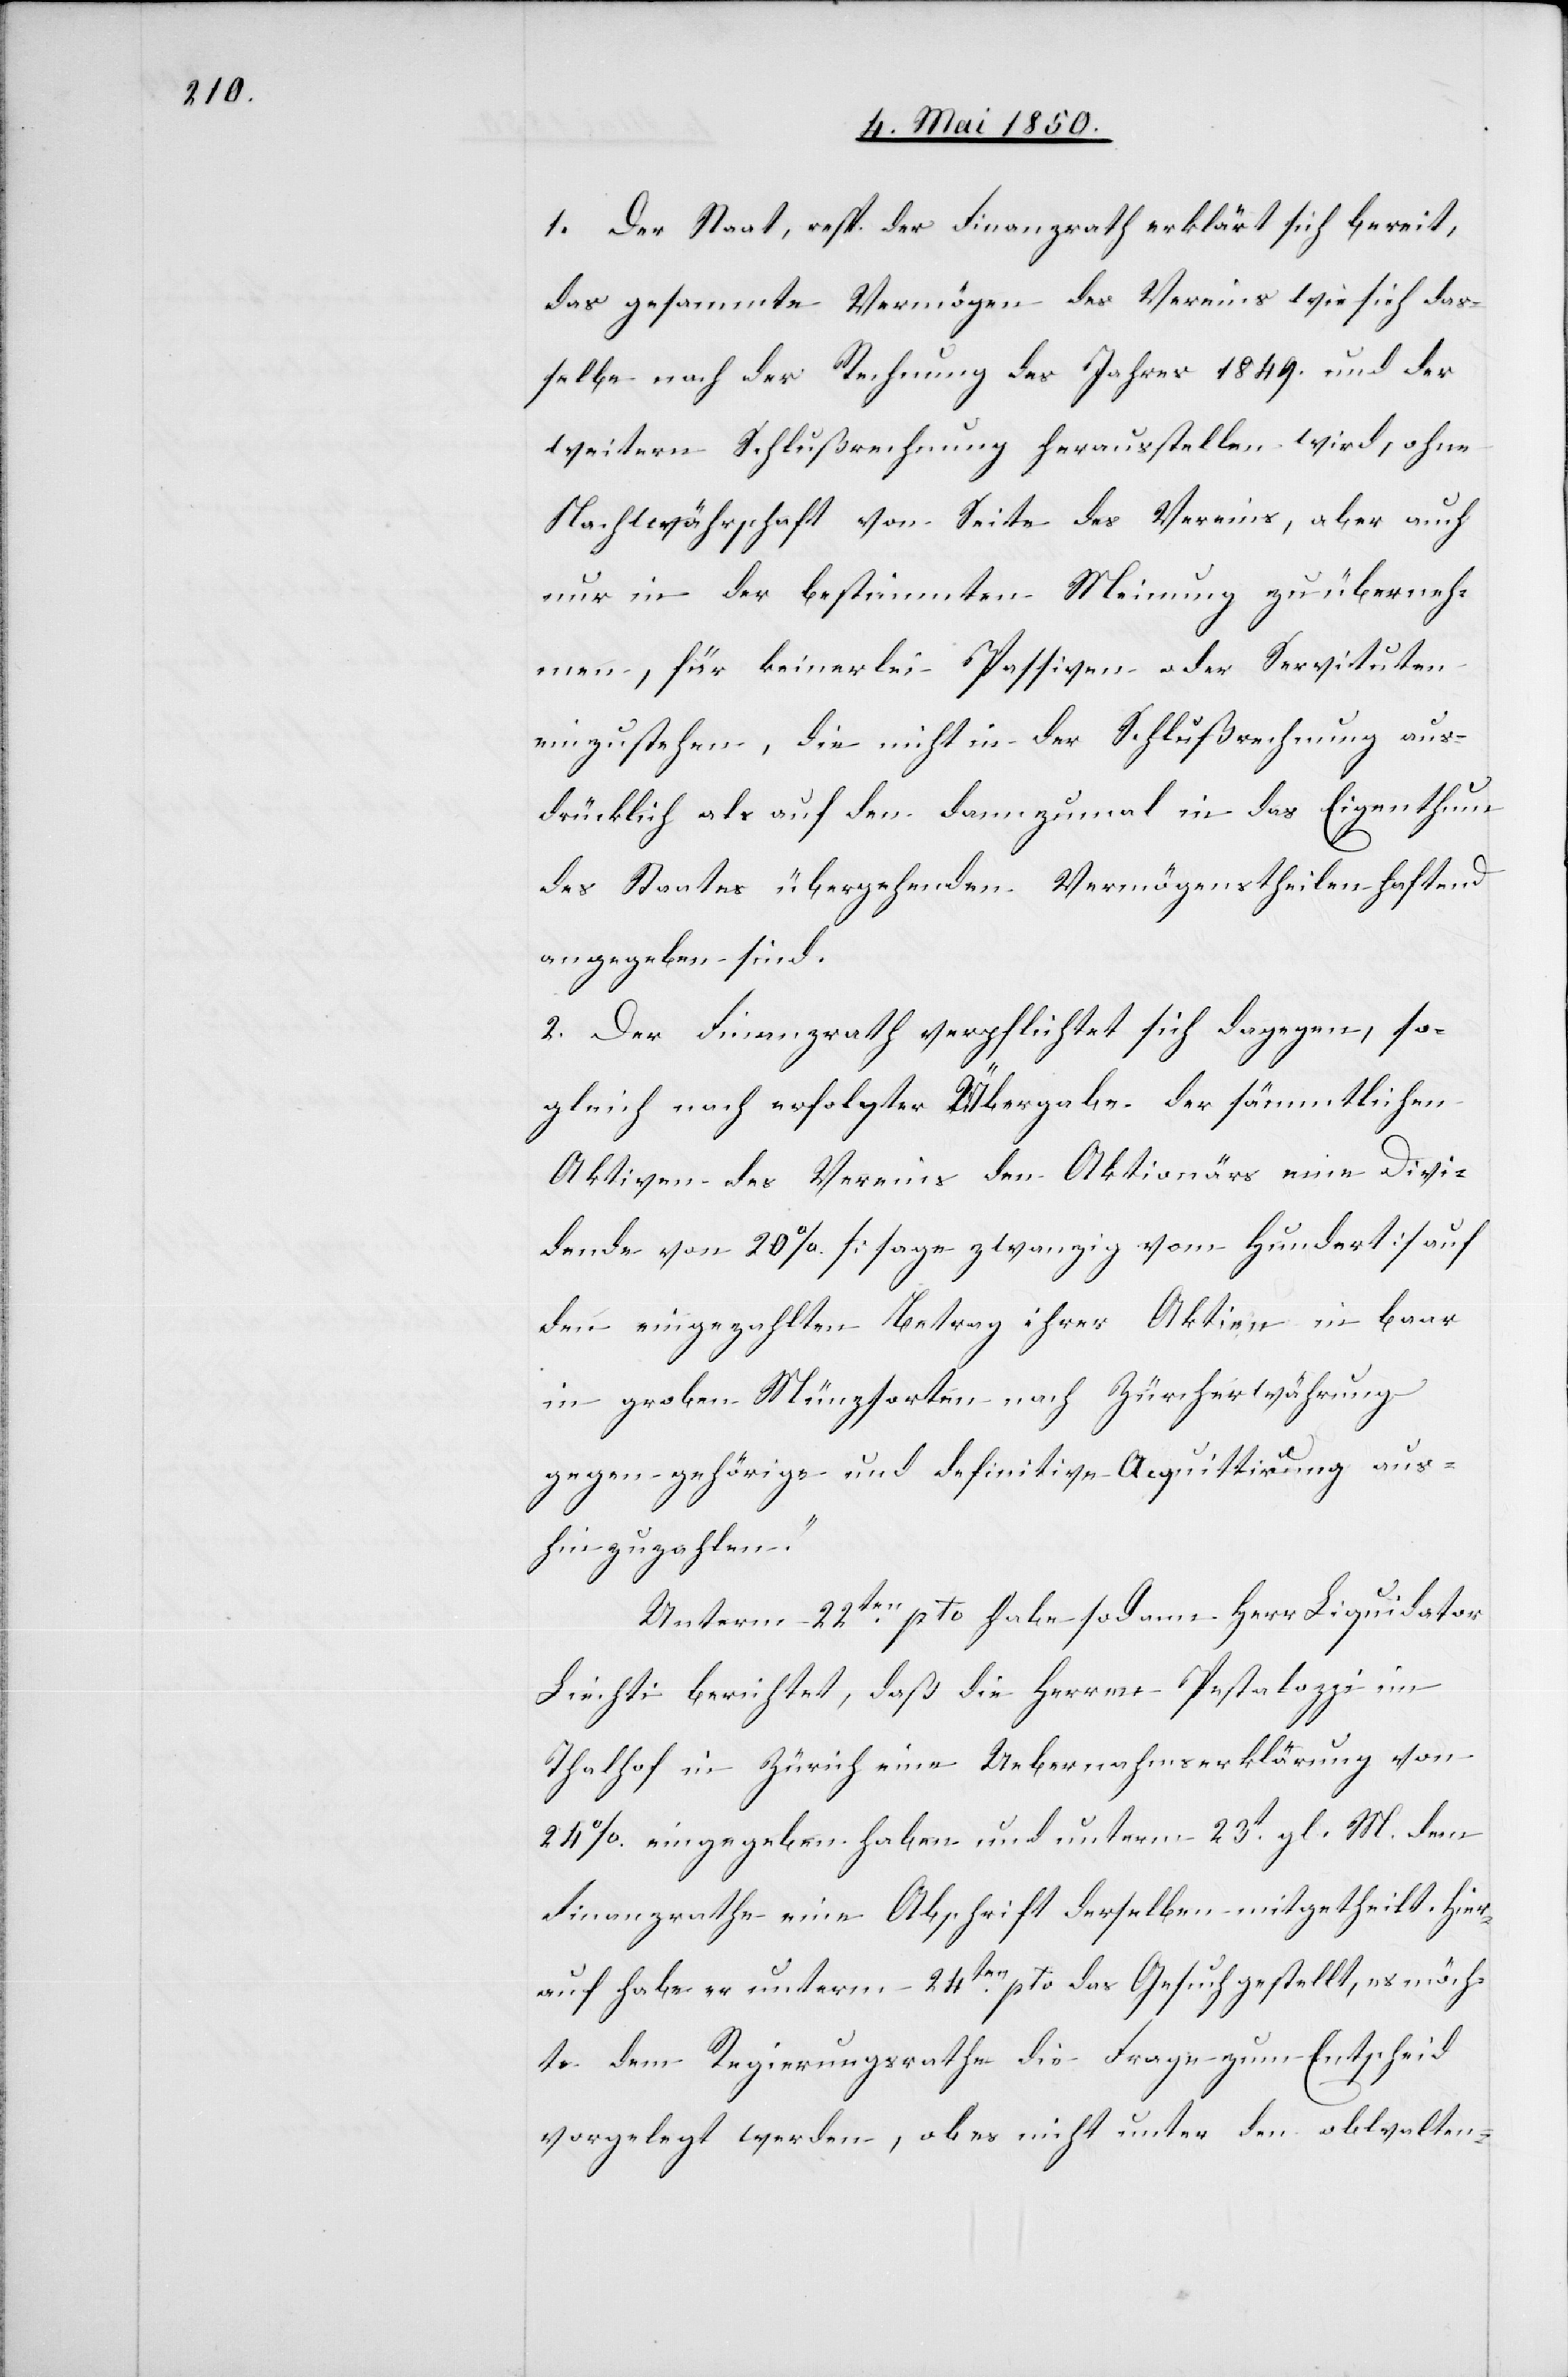
[„]Der Staat, resp. der Finanzrath erklärt sich bereit,
das gesammte Vermögen des Vereins wie sich das¬
selbe nach der Rechnung des Jahres 1849. und der
weitern Schlußrechnung herausstellen wird, ohne
Nachwährschaft von Seite des Vereins, aber auch
nur in der bestimmten Meinung zu überneh¬
men, für keinerlei Passiven oder Servituten
einzustehen, die nicht in der Schlußrechnung aus¬
drücklich als auf den dannzumal in das Eigenthum
des Staates übergehenden Vermögenstheilen haftend
angegeben sind.
2. Der Finanzrath verpflichtet sich dagegen, so¬
gleich nach erfolgter Übergabe der sämmtlichen
Aktiven des Vereins den Aktionärs eine Divi¬
dende von 20 %. [sage zwanzig vom Hundert] auf
den eingezahlten Betrag ihrer Aktien in baar
in groben Münzsorten nach Zürcherwährung
gegen gehörige und definitive Acquittirung aus¬
hinzuzahlen.“
Unterm 22ten pto habe sodann Herr Liquidator
Liechti berichtet, daß die Herren Pestalozzi im
Thalhof in Zürich eine Uebernahmserklärung von
24 %. eingegeben haben und unterm 23t gl. M. dem
Finanzrathe eine Abschrift derselben mitgetheilt. Hier¬
auf habe er unterm 24ten pto das Gesuch gestellt, es möch¬
te dem Regierungsrathe die Frage zum Entscheid
vorgelegt werden, ob es nicht unter den obwalten-